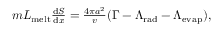
\begin{array} { r } { m L _ { \mathrm { m e l t } } \frac { \mathrm { d } S } { \mathrm { d } x } = \frac { 4 \pi a ^ { 2 } } { v } ( \Gamma - \Lambda _ { \mathrm { r a d } } - \Lambda _ { \mathrm { e v a p } } ) , } \end{array}